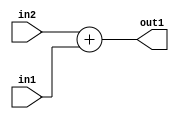
`timescale 1ps / 1ps
/*****************************************************************************
    Verilog RTL Description
    
    
    Created by: Stratus DpOpt 2019.1.01 
*******************************************************************************/

module SobelFilter_Add_2Ux1U_2U_4 (
	in2,
	in1,
	out1
	); /* architecture "behavioural" */ 
input [1:0] in2;
input  in1;
output [1:0] out1;
wire [1:0] asc001;

assign asc001 = 
	+(in2)
	+(in1);

assign out1 = asc001;
endmodule

/* CADENCE  urn0Qgo= : u9/ySgnWtBlWxVPRXgAZ4Og= ** DO NOT EDIT THIS LINE ******/